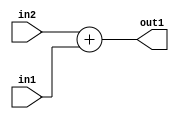
`timescale 1ps / 1ps
/*****************************************************************************
    Verilog RTL Description
    
    
    Created by: Stratus DpOpt 2019.1.01 
*******************************************************************************/

module SobelFilter_Add_2Ux1U_2U_4 (
	in2,
	in1,
	out1
	); /* architecture "behavioural" */ 
input [1:0] in2;
input  in1;
output [1:0] out1;
wire [1:0] asc001;

assign asc001 = 
	+(in2)
	+(in1);

assign out1 = asc001;
endmodule

/* CADENCE  urn0Qgo= : u9/ySgnWtBlWxVPRXgAZ4Og= ** DO NOT EDIT THIS LINE ******/